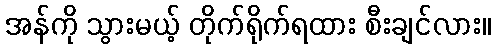
အန်ကို သွားမယ့် တိုက်ရိုက်ရထား စီးချင်လား။